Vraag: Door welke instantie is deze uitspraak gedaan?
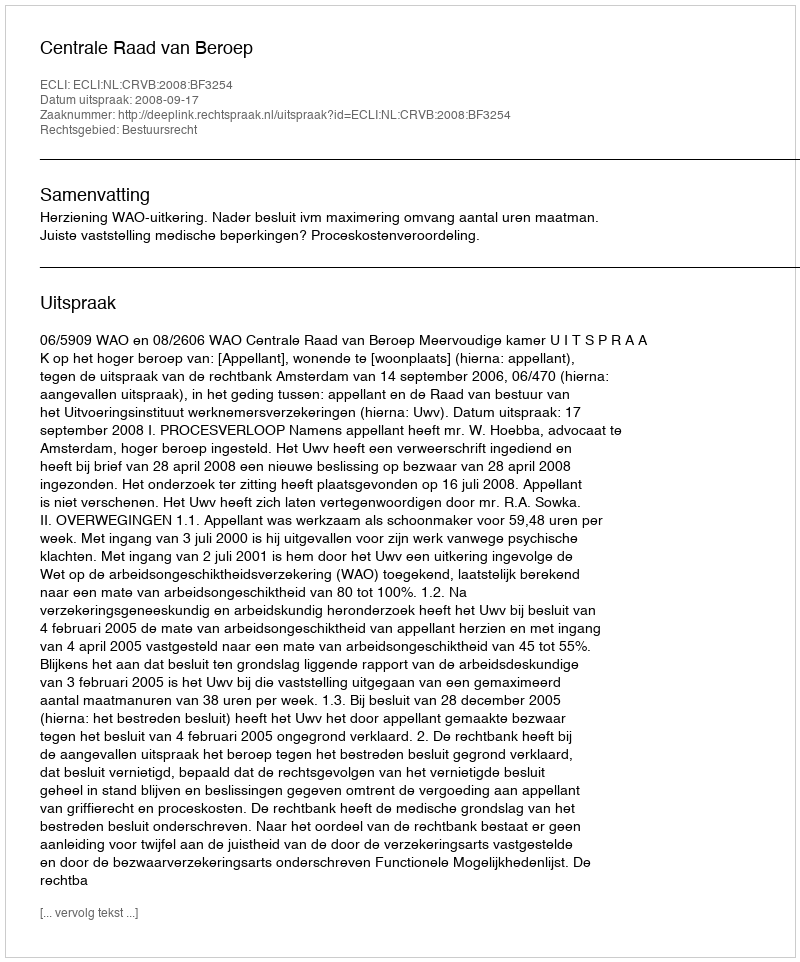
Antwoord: Centrale Raad van Beroep